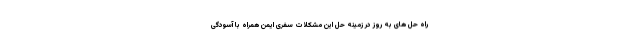
راه حل های به روز در زمینه حل این مشکلات سفری ایمن همراه با آسودگی